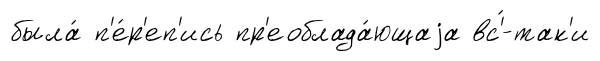
была́ п'е́р'еп'ись пр'еоблада́ющаjа вс'́-так'и